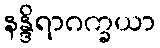
နန္ဒိရာဂက္ခယာ